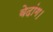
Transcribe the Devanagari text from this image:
वेदांग।